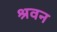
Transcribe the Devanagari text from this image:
श्रवन